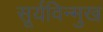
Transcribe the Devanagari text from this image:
सूर्यविन्मुख